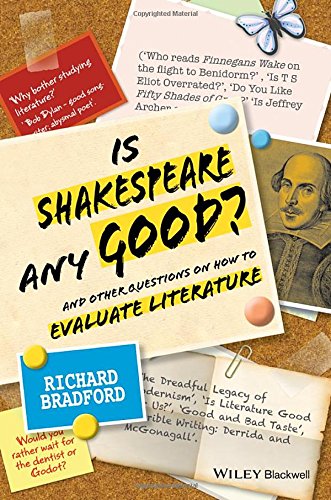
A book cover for Is Shakespeare any Good: And Other Questions on How to Evaluate Literature; Richard Bradford; Literature & Fiction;